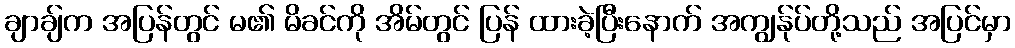
ချာချ်က အပြန်တွင် မ၏ မိခင်ကို အိမ်တွင် ပြန် ထားခဲ့ပြီးနောက် အကျွန်ုပ်တို့သည် အပြင်မှာ